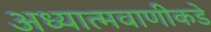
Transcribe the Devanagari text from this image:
अध्यात्मवाणीकडे